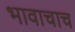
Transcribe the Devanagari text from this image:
भावाचाच